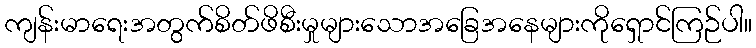
ကျန်းမာရေးအတွက်စိတ်ဖိစီးမှုများသောအခြေအနေများကိုရှောင်ကြဉ်ပါ။